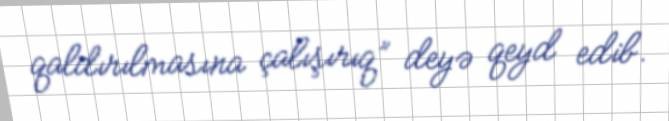
qaldırılmasına çalışırıq” deyə qeyd edib.